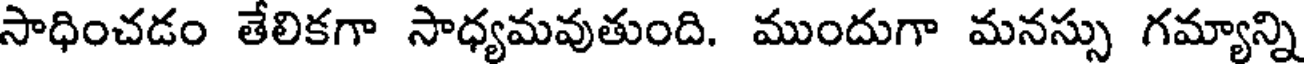
సాధించడం తేలికగా సాధ్యమవుతుంది. ముందుగా మనస్సు గమ్యాన్ని